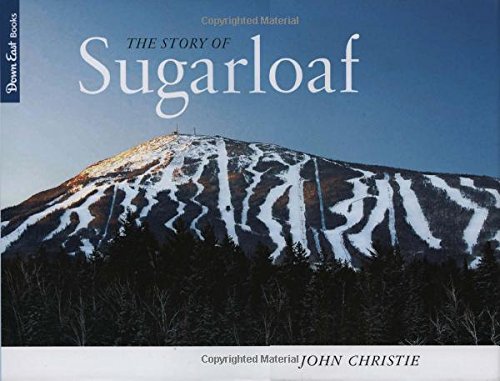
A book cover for The Story of Sugarloaf; John Christie; Sports & Outdoors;